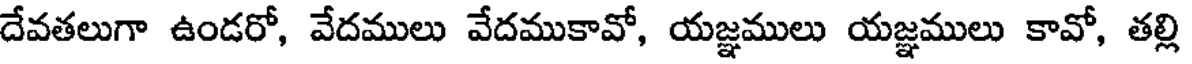
దేవతలుగా ఉండరో, వేదములు వేదముకావో, యజ్ఞములు యజ్ఞములు కావో, తల్లి